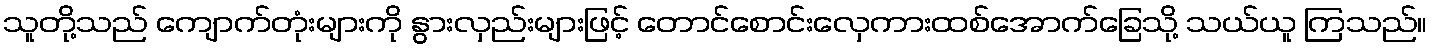
သူတို့သည် ကျောက်တုံးများကို နွားလှည်းများဖြင့် တောင်စောင်းလှေကားထစ်အောက်ခြေသို့ သယ်ယူ ကြသည်။